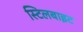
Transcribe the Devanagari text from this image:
स्टिलबाइट